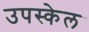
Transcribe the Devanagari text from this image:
उपस्केल